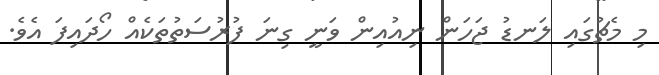
މި މެޗުގައި ލަނޑު ޖަހަން ނިއުއިން ވަނީ ގިނަ ފުރުސަތުތަކެއް ހޯދައިފަ އެވެ.